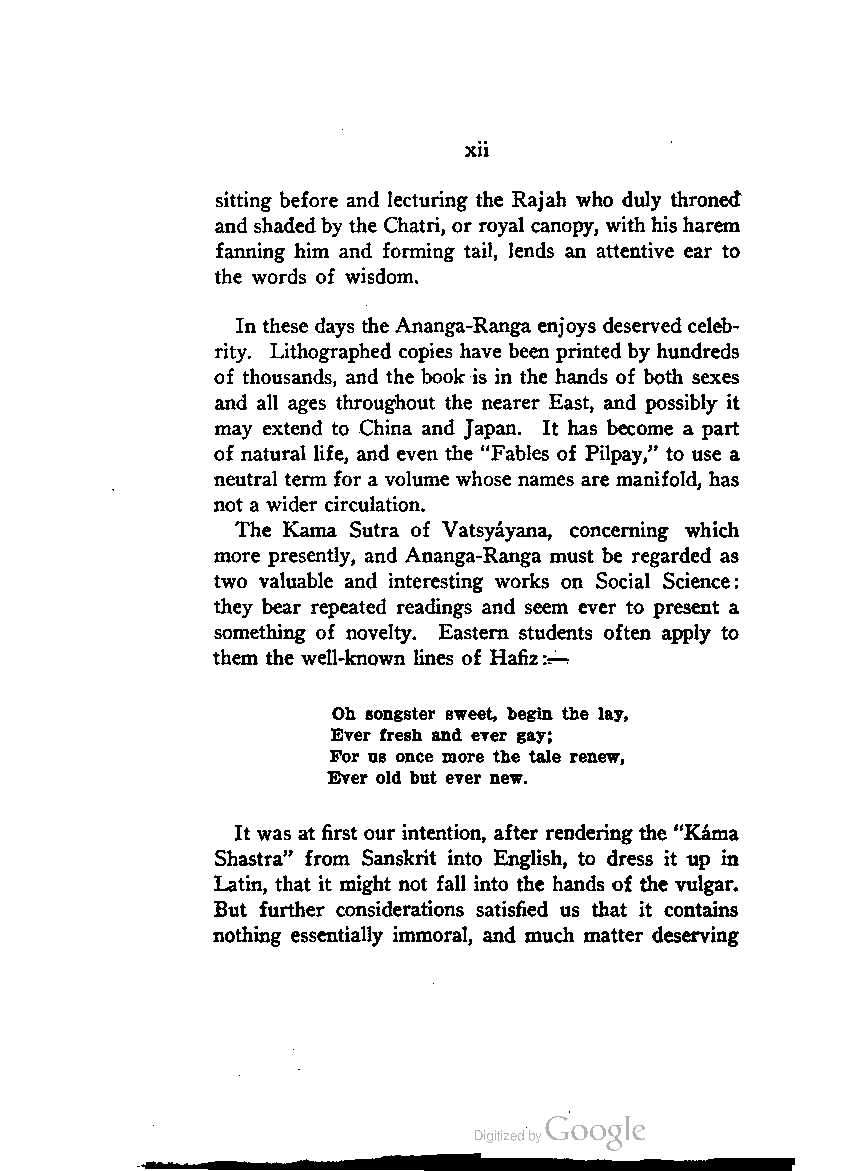
sitting before and lecturing the Rajah who duly throned
 and shaded by the Chatri, or royal canopy, with his harem
 fanning him and forming tail, lends an attentive ear to
 the words of wisdom.
 In these days the Ananga-Ranga enjoys deserved celeb
 rity. Lithographed copies have been printed by hundreds
 of thousands, and the book is in the hands of both sexes
 and all ages throughout the nearer East, and possibly it
 may extend to China and Japan. It has become a part
 of natural life, and even the "Fables of Pilpay," to use a
 neutral term for a volume whose names are manifold, has
 not a wider circulation.
 The Kama Sutra of Vatsyayana, concerning which
 more presently, and Ananga-Ranga must be regarded as
 two valuable and interesting works on Social Science:
 they bear repeated readings and seem ever to present a
 something of novelty. Eastern students often apply to
 them the well-known lines of Hafiz
 Oh songster sweet, begin the lay,
 Ever fresh and ever gay;
 For us once more the tale renew,
 Ever old but ever new.
 It was at first our intention, after rendering the "Kama
 Shastra" from Sanskrit into English, to dress it up in
 Latin, that it might not fall into the hands of the vulgar.
 But further considerations satisfied us that it contains
 nothing essentially immoral, and much matter deserving